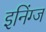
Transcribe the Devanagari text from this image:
इनिंग्ज